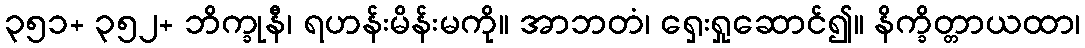
၃၅၁+ ၃၅၂+ ဘိက္ခုနီ၊ ရဟန်းမိန်းမကို။ အာဘတံ၊ ရှေးရှုဆောင်၍။ နိက္ခိတ္တာယထာ၊